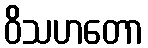
ဝိသဟတော